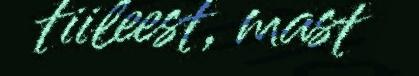
tiileest, mast